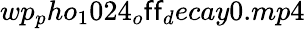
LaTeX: wp_{p}ho_{1}024_{o}\mathsf{f}\mathsf{f}_{d}ecay0.mp4